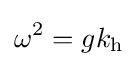
\omega ^{2}=gk_{\rm {h}}